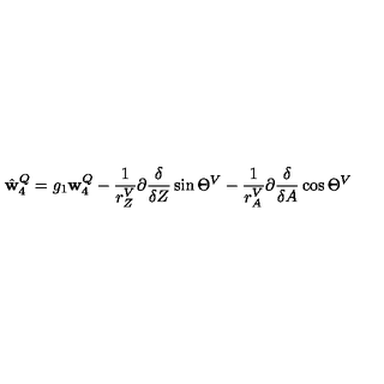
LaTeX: \hat { \mathbf w } _ { 4 } ^ { Q } = g _ { 1 } { \mathbf w } _ { 4 } ^ { Q } - \frac 1 { r _ { Z } ^ { V } } \partial { \frac { \delta } { \delta Z } } \sin \Theta ^ { V } - \frac 1 { r _ { A } ^ { V } } \partial { \frac { \delta } { \delta A } } \cos \Theta ^ { V }